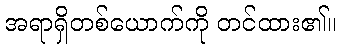
အရာရှိတစ်ယောက်ကို တင်ထား၏။